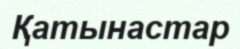
Қатынастар